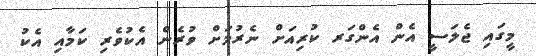
މީގައި ޖެލަސީ އެން އެންގަރ ކުރިއަށް ނެރުމަށް ވުރެން އެކުވެރި ކަމާއި އެކު